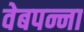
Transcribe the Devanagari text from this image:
वेबपन्ना